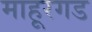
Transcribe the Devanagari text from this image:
माहूरगड